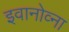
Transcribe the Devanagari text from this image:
इवानोव्ना